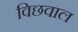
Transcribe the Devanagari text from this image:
विछवाल